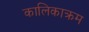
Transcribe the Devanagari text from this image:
कालिकाक्रम